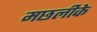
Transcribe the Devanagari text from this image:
मछलीके